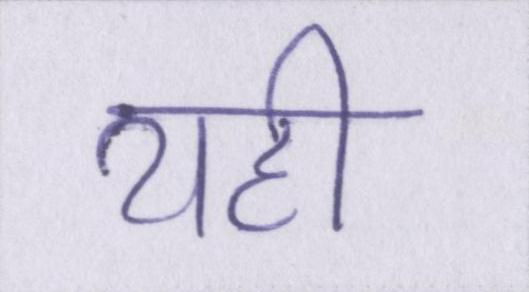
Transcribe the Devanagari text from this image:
यही